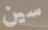
سين